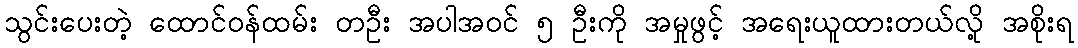
သွင်းပေးတဲ့ ထောင်ဝန်ထမ်း တဦး အပါအဝင် ၅ ဦးကို အမှုဖွင့် အရေးယူထားတယ်လို့ အစိုးရ